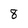
Character: 8